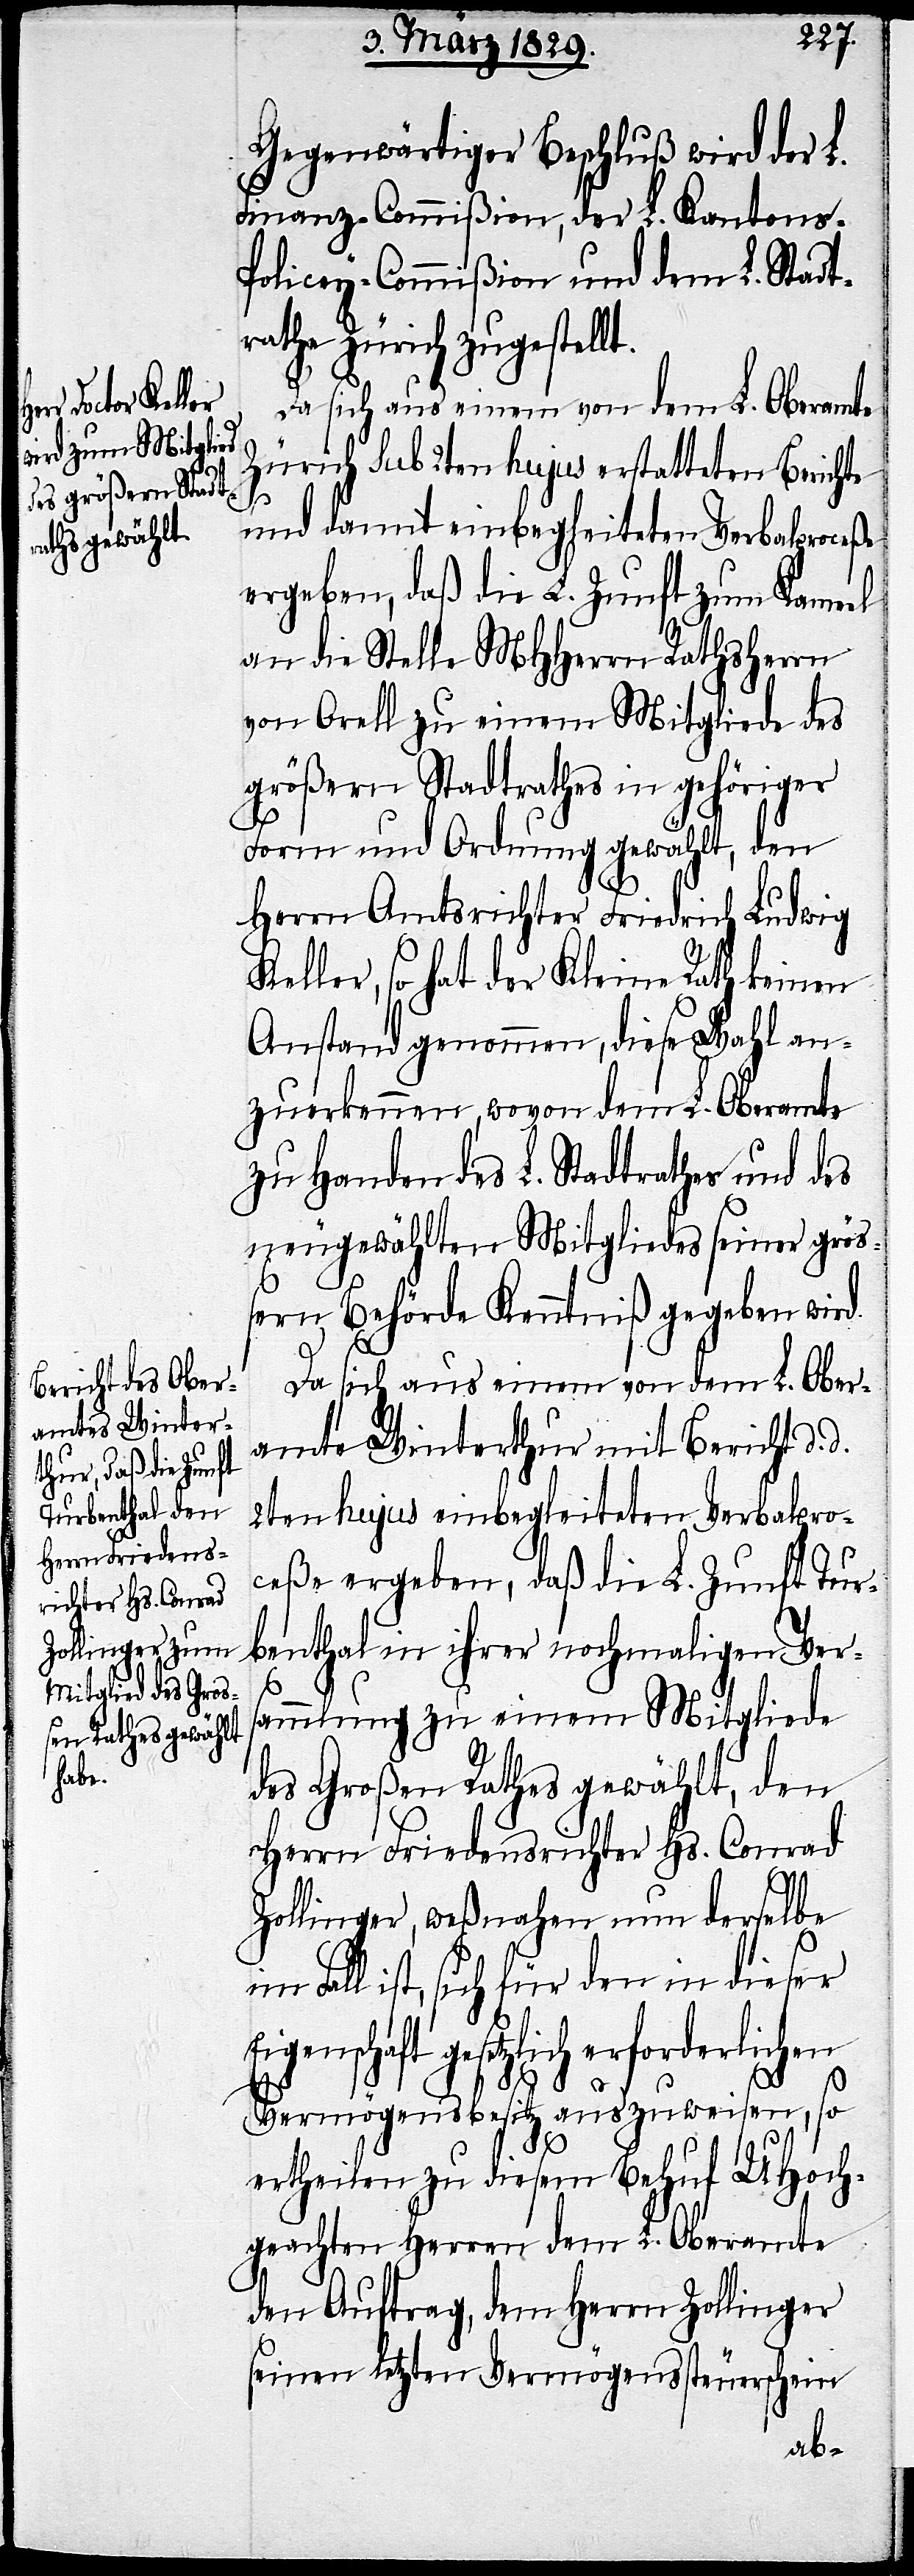
Gegenwärtiger Beschluß wird der L.
Finanz-Commißion, der L. Kantons-P¬
olicey-Commißion und dem L. Stadt¬
rath Zürich zugestell¬
Da sich aus einem von dem L. Oberamte
Zürich sub 2ten hujus erstatteten Berichte
d.
und damit einbegleiteten Verbalproceße
ergeben, daß die L. Zunft zum Kameel
an die Stelle MHHerrn Rathsherrn
von Orell zu einem Mitgliede des
größern Stadtrathes in gehöriger
Form und Ordnung gewählt, den
Herrn Amtsrichter Friedrich Ludwig
Keller, so hat der Kleine Rath keinen
Anstand genommen, diese Wahl an¬
zuerkennen, wovon dem L. Oberamte
zu Handen des L. Stadtrathes und des
neugewählten Mitgliedes seiner größ¬
ern Behörde Kenntniß gegeben wird.
Da sich aus einem von dem L. Ober¬
amte Winterthur mit Bericht d.
2ten hujus einbegleiteten Verbalpro¬
ceße ergeben, daß die L. Zunft Tur¬
benthal in ihrer nochmaligen Vers¬
ammlung zu einem Mitgliede
des Großen Rathes gewählt, den
Herrn Friedensrichter Hs. Conrad
Zollinger, weßnahen nun derselbe
Fall ist, sich für den in dieser
gesetzlich erforderlichen
Vermögensbesitz auszuweisen, so
ertheilen zu diesem Behuf UHoch¬
geachten Herren dem L. Oberamte
den Auftrag, dem Herrn Zollinger
seinen letzten Vermögenssteuerschein